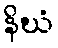
နိဃံ